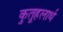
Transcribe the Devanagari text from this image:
कुतूहलार्थ